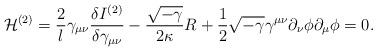
LaTeX: \begin{align*}{\cal H}^{(2)} = \frac{2}{l}\gamma_{\mu \nu}\frac{\delta I^{(2)}}{\delta \gamma_{\mu \nu}}-\frac{\sqrt{-\gamma}}{2 \kappa}R + \frac{1}{2} \sqrt{-\gamma} \gamma^{\mu \nu}\partial_{\nu} \phi \partial_{\mu} \phi=0.\end{align*}